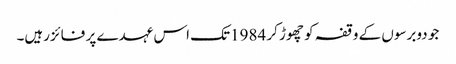
جو دوبرسوں کے وقفہ کو چھوڑ کر 1984تک اس عہدے پر فائزرہیں۔